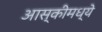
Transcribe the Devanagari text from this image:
आस्कीमध्ये